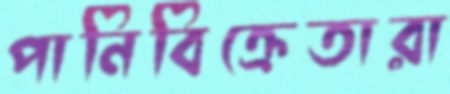
পানিবিক্রেতারা